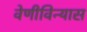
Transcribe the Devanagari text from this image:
वेणीविन्यास